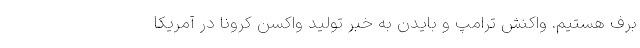
برف هستیم. واکنش ترامپ و بایدن به خبر تولید واکسن کرونا در آمریکا